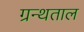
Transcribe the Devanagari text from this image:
ग्रन्थताल